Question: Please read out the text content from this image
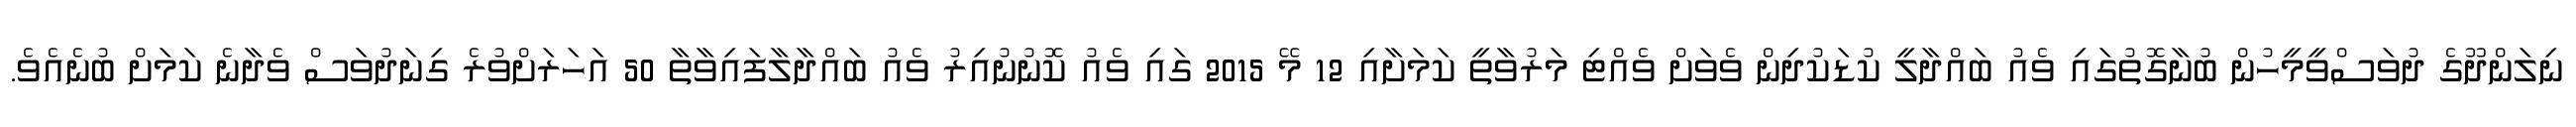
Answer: ނިލަންދޫގެ ދުވަސްވީމީހުން ބުނާގޮތުގައި ވެއު ބައްދާލީ ކުޑަކުދިން ވެވަށް ވެއްޓި މަރުވާތީ ކަމަށާއި 12 މޭ 2015 ގައި ވެއު ކޮނުނުއިރު ވެއު ބައްދާލާފައިވާތާ 50 އަހަރަށްވުރެ ގިނަދުވަސް ވެދާނެ ކަމަށް ބުނެއެވެ.